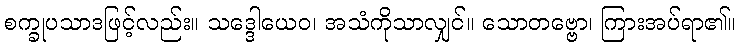
စက္ခုပသာဒဖြင့်လည်း။ သဒ္ဒေါယေဝ၊ အသံကိုသာလျှင်။ သောတဗ္ဗော၊ ကြားအပ်ရာ၏။